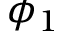
\phi _ { 1 }